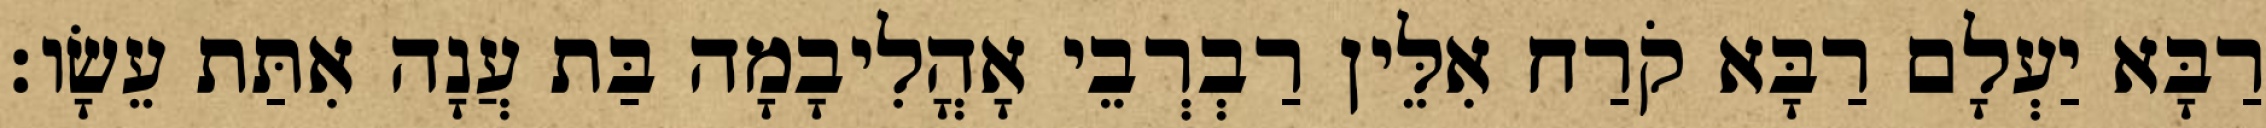
רַבָּא יַעְלָם רַבָּא קֹרַח אִלֵּין רַבְרְבֵי אָהֳלִיבָמָה בַּת עֲנָה אִתַּת עֵשָׂו׃